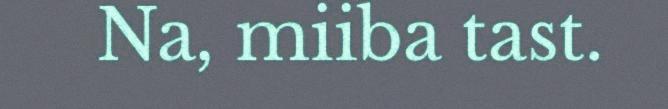
Na, miiba tast.